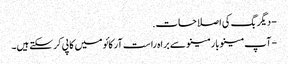
- دیگر بگ کی اصلاحات.
- آپ مینوبار مینو سے براہ راست آرکائو میں کاپی کرسکتے ہیں۔